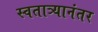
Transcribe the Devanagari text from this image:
स्वतात्र्यानंतर